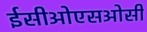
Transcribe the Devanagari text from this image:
ईसीओएसओसी